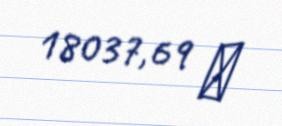
18037,69 ₼